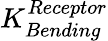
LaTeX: K_{Bending}^{Receptor}